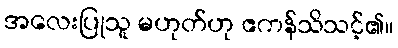
အလေးပြုသူ မဟုတ်ဟု ဧကန်သိသင့်၏။